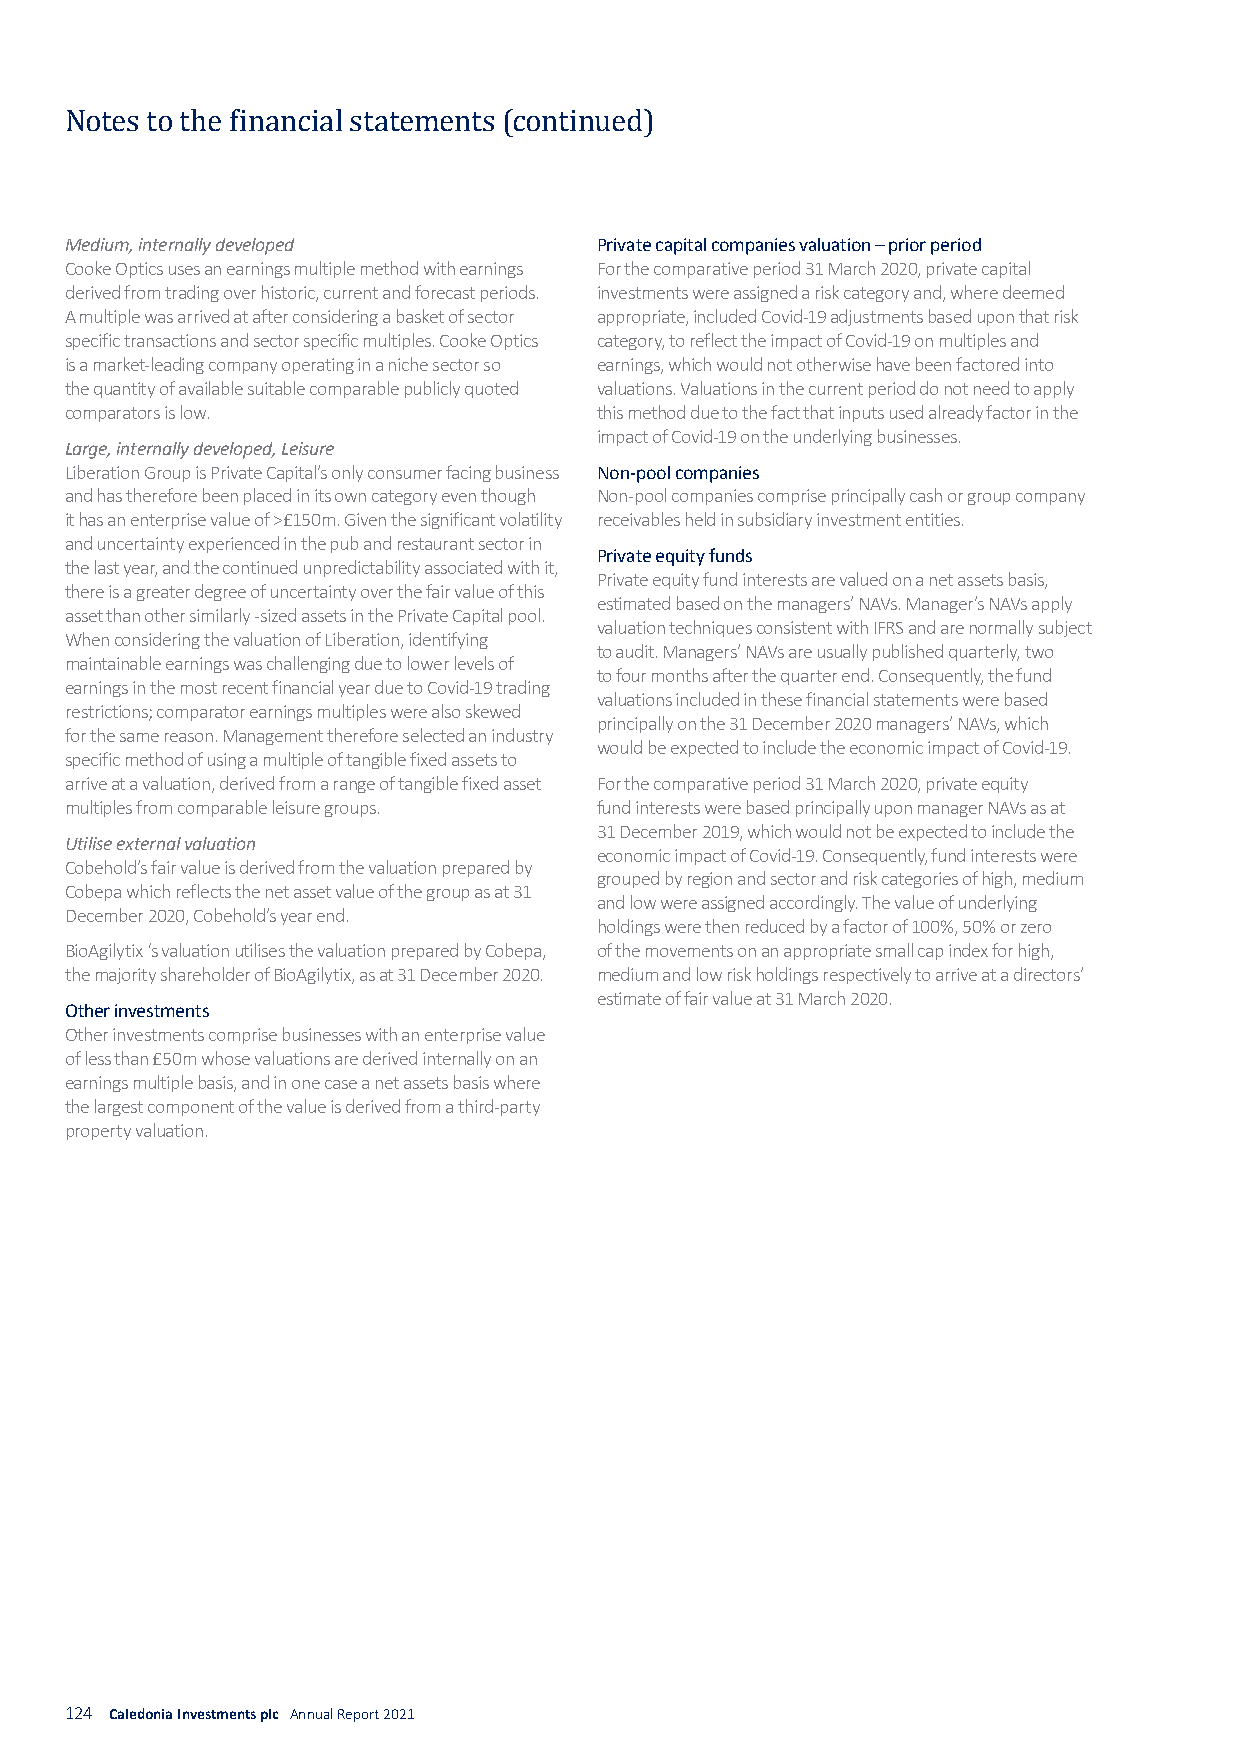
Notes to the financial statements (continued)
 Medium, internally developed       Private capital companies valuation – prior period
 Cooke Optics uses an earnings multiple method with earnings For the comparative period 31 March 2020, private capital
 derived from trading over historic, current and forecast periods. investments were assigned a risk category and, where deemed
 A multiple was arrived at after considering a basket of sector appropriate, included Covid-19 adjustments based upon that risk
 specific transactions and sector specific multiples. Cooke Optics category, to reflect the impact of Covid-19 on multiples and
 is a market-leading company operating in a niche sector so earnings, which would not otherwise have been factored into
 the quantity of available suitable comparable publicly quoted valuations. Valuations in the current period do not need to apply
 comparators is low.                this method due to the fact that inputs used already factor in the
 impact of Covid-19 on the underlying businesses.
 Large, internally developed, Leisure
 Liberation Group is Private Capital’s only consumer facing business Non-pool companies
 and has therefore been placed in its own category even though Non-pool companies comprise principally cash or group company
 it has an enterprise value of >£150m. Given the significant volatility receivables held in subsidiary investment entities.
 and uncertainty experienced in the pub and restaurant sector in
 Private equity funds
 the last year, and the continued unpredictability associated with it,
 Private equity fund interests are valued on a net assets basis,
 there is a greater degree of uncertainty over the fair value of this
 estimated based on the managers’ NAVs. Manager’s NAVs apply
 asset than other similarly -sized assets in the Private Capital pool.
 valuation techniques consistent with IFRS and are normally subject
 When considering the valuation of Liberation, identifying
 to audit. Managers’ NAVs are usually published quarterly, two
 maintainable earnings was challenging due to lower levels of
 to four months after the quarter end. Consequently, the fund
 earnings in the most recent financial year due to Covid-19 trading
 valuations included in these financial statements were based
 restrictions; comparator earnings multiples were also skewed
 principally on the 31 December 2020 managers’ NAVs, which
 for the same reason. Management therefore selected an industry
 would be expected to include the economic impact of Covid-19.
 specific method of using a multiple of tangible fixed assets to
 arrive at a valuation, derived from a range of tangible fixed asset For the comparative period 31 March 2020, private equity
 multiples from comparable leisure groups. fund interests were based principally upon manager NAVs as at
 31 December 2019, which would not be expected to include the
 Utilise external valuation
 economic impact of Covid-19. Consequently, fund interests were
 Cobehold’s fair value is derived from the valuation prepared by
 grouped by region and sector and risk categories of high, medium
 Cobepa which reflects the net asset value of the group as at 31
 and low were assigned accordingly. The value of underlying
 December 2020, Cobehold’s year end.
 holdings were then reduced by a factor of 100%, 50% or zero
 BioAgilytix ‘s valuation utilises the valuation prepared by Cobepa, of the movements on an appropriate small cap index for high,
 the majority shareholder of BioAgilytix, as at 31 December 2020. medium and low risk holdings respectively to arrive at a directors’
 estimate of fair value at 31 March 2020.
 Other investments
 Other investments comprise businesses with an enterprise value
 of less than £50m whose valuations are derived internally on an
 earnings multiple basis, and in one case a net assets basis where
 the largest component of the value is derived from a third-party
 property valuation.
 124 Caledonia Investments plc Annual Report 2021